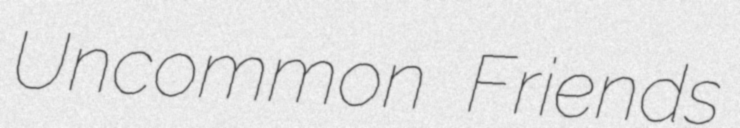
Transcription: Uncommon Friends